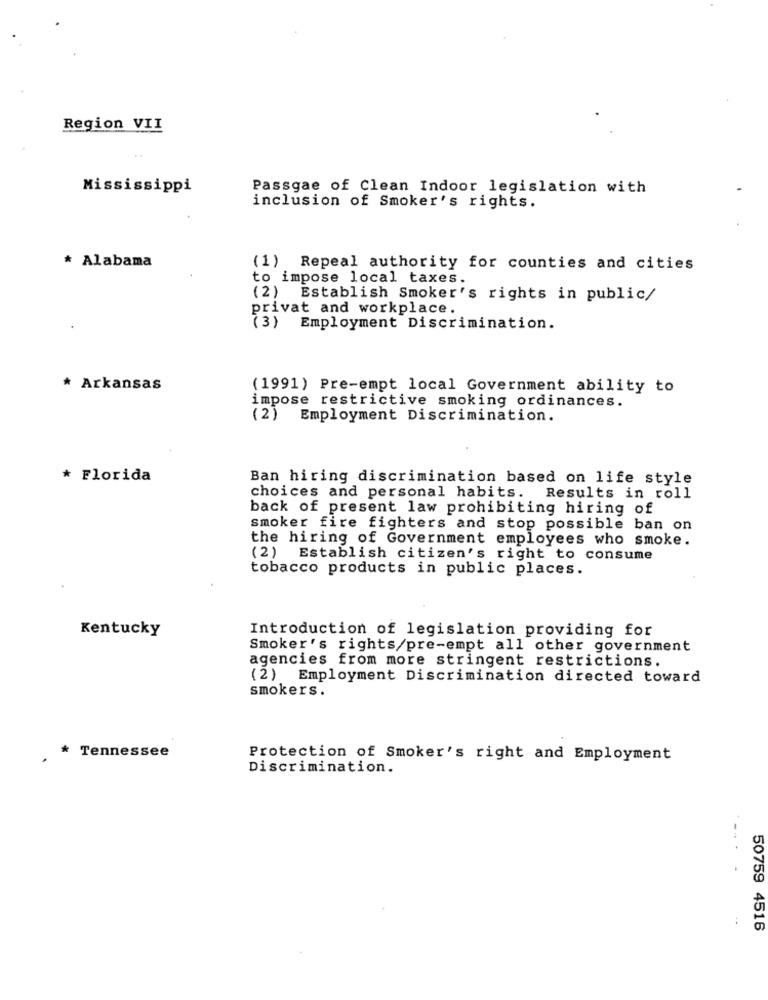
Region VII
Mississippi
Passgae of Clean Indoor legislation with
inclusion of Smoker's rights.
* Alabama
(1) Repeal authority for counties and cities
to impose local taxes.
(2)
Establish Smoker's rights in public/
privat and workplace.
.
(3) Employment Discrimination.
* Arkansas
(1991) Pre-empt local Government ability to
impose restrictive smoking ordinances.
(2) Employment Discrimination.
* Florida
Ban hiring discrimination based on life style
choices and personal habits. Results in roll
back of present law prohibiting hiring of
smoker fire fighters and stop possible ban on
the hiring of Government employees who smoke.
(2)
Establish citizen's right to consume
tobacco products in public places.
Kentucky
Introduction of legislation providing for
Smoker's rights/pre-empt all other government
agencies from more stringent restrictions.
(2) Employment Discrimination directed toward
smokers.
* Tennessee
Protection of Smoker's right and Employment
Discrimination.
.. .
50759 4516